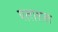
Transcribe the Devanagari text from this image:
यलाशल